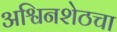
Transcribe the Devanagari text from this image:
अश्विनशेठचा